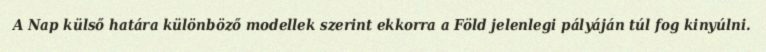
A Nap külső határa különböző modellek szerint ekkorra a Föld jelenlegi pályáján túl fog kinyúlni.